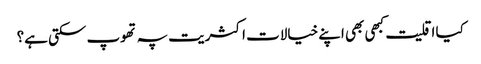
کیا اقلیت کبھی بھی اپنے خیالات اکثریت پہ تھوپ سکتی ہے؟